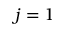
j = 1